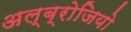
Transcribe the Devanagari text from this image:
अल्ब्रोजियो